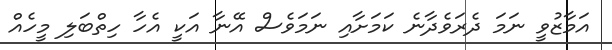
އަމާޒުވީ ނަމަ ދެރަވެދާނެ ކަމަށާއި ނަމަވެސް އޭނާ އަކީ އެހާ ހިތްބަލި މީހެއް